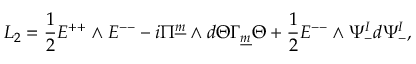
{ \cal L } _ { 2 } = { \frac { 1 } { 2 } } E ^ { + + } \wedge E ^ { -- } - i \Pi ^ { \underline { { { m } } } } \wedge d \Theta \Gamma _ { \underline { { { m } } } } \Theta + { \frac { 1 } { 2 } } E ^ { -- } \wedge \Psi _ { - } ^ { I } d \Psi _ { - } ^ { I } , \qquad